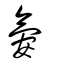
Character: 氨